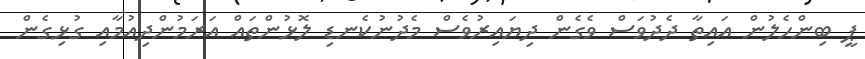
ޕީ ބިންހެލުން އައިތާ ދެދުވަސް ވެގެން ދިޔައިރުވެސް މެދުނުކެނޑި ލޮޅުންތައް އަރަމުންދިއުމާއި ގުޅިގެން